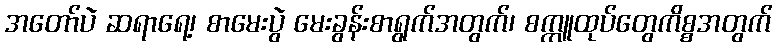
အတော်ပဲ ဆရာရေ့၊ စာမေးပွဲ မေးခွန်းစာရွက်အတွက်၊ စက္ကူထုပ်တွေကိစ္စအတွက်